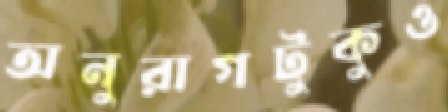
অনুরাগটুকুও